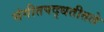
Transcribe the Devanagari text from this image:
संगीतपद्धतीतले